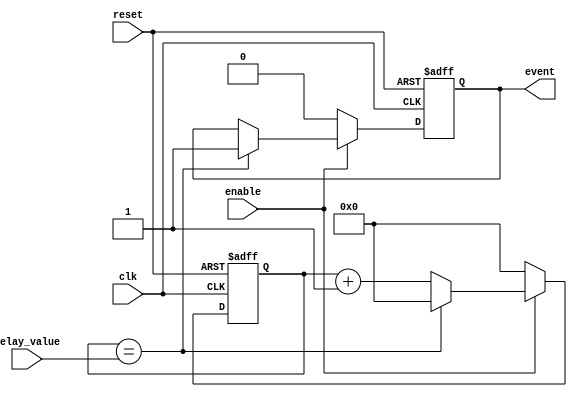
module event_timer (
  input wire clk,
  input wire reset,
  input wire enable,
  input wire [31:0] delay_value,
  output reg event
);

reg [31:0] count;

always @(posedge clk or posedge reset) begin
  if (reset) begin
    count <= 0;
    event <= 0;
  end else if (enable) begin
    if (count == delay_value) begin
      event <= 1;
      count <= 0;
    end else begin
      count <= count + 1;
    end
  end else begin
    count <= 0;
    event <= 0;
  end
end

endmodule